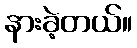
နားခဲ့တယ်။